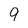
Character: 9